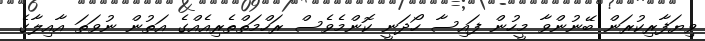
ވިޔަފާރިކުރަން ބޭނުންވާ މީހުން ފައިސާ ހޯދަނީ ކޮންމެވެސް ރަހްމަތްތެރިއެއްގެ އަތުން ނުވަތަ އާއިލާގެ